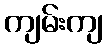
ကျမ်းကျ